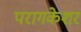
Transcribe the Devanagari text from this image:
परागकेशर